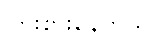
ကြိုးစားနေတယ်